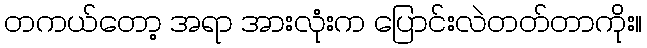
တကယ်တော့ အရာ အားလုံးက ပြောင်းလဲတတ်တာကိုး။